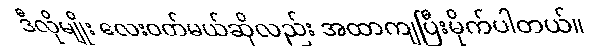
ဒီလိုမျိုး လေးဝတ်မယ်ဆိုလည်း အထာကျပြီးမိုက်ပါတယ်။